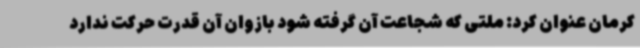
کرمان عنوان کرد: ملتی که شجاعت آن گرفته شود بازوان آن قدرت حرکت ندارد